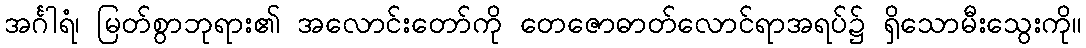
အင်္ဂါရံ၊ မြတ်စွာဘုရား၏ အလောင်းတော်ကို တေဇောဓာတ်လောင်ရာအရပ်၌ ရှိသောမီးသွေးကို။